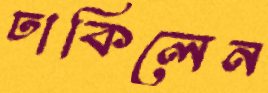
ঢাকিলেন